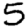
Digit: 5